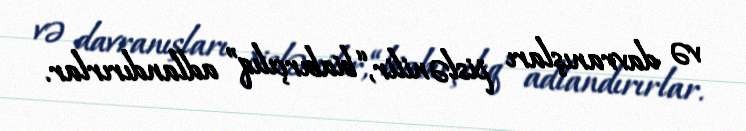
və davranışları pislənilir, “biabırçılıq” adlandırırlar.